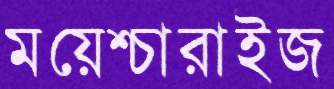
ময়েশ্চারাইজ